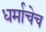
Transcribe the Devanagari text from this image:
धर्माचेच